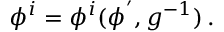
\phi ^ { i } = \phi ^ { i } ( \phi ^ { ' } , g ^ { - 1 } ) \, .